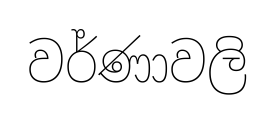
වර්ණාවලි